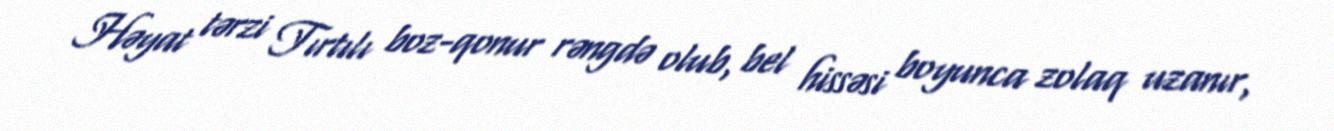
Həyat tərzi Tırtılı boz-qonur rəngdə olub, bel hissəsi boyunca zolaq uzanır,